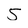
Character: 5